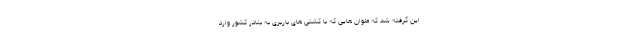
این گرفته شد که ملوان هایی که با کشتی های باربری به بنادر کشور وارد